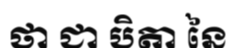
ថា ជា បិតា នៃ